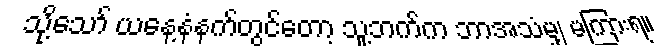
သို့သော် ယနေ့နံနက်တွင်တော့ သူ့ဘက်က ဘာအသံမျှ မကြားရ။